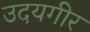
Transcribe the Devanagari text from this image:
उदयगीर